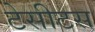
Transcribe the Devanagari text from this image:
टेसीटस